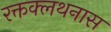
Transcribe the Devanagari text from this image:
रक्तक्लथनास